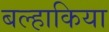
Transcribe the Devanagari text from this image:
बल्हाकिया